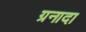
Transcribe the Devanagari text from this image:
ग्रनादा